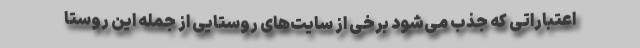
اعتباراتی که جذب می‌شود برخی از سایت‌های روستایی از جمله این روستا